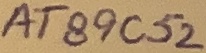
Text: AT89C52